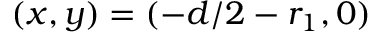
( x , y ) = ( - d / 2 - r _ { 1 } , 0 )